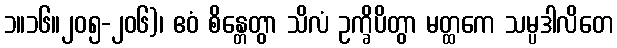
၁။၁၆။၂၀၅-၂၀၆)၊ ဧဝံ စိန္တေတွာ သိလံ ဥက္ခိပိတွာ မတ္ထကေ သမ္ပဒါလိတေ